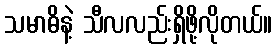
သမာဓိနဲ့ သီလလည်းရှိဖို့လိုတယ်။